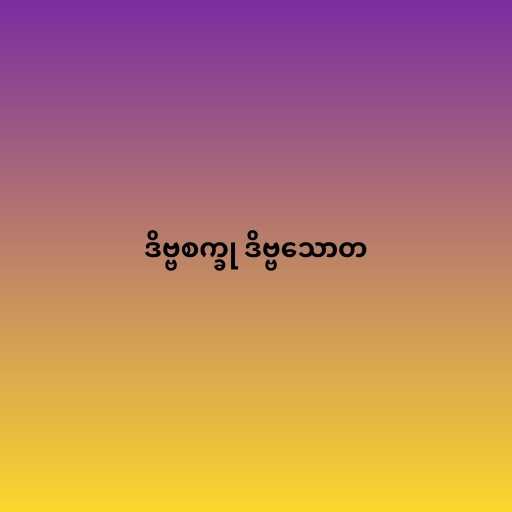
ဒိဗ္ဗစက္ခု ဒိဗ္ဗသောတ